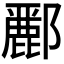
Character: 𮠑